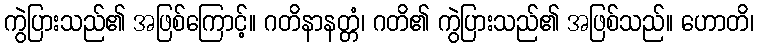
ကွဲပြားသည်၏ အဖြစ်ကြောင့်။ ဂတိနာနတ္တံ၊ ဂတိ၏ ကွဲပြားသည်၏ အဖြစ်သည်။ ဟောတိ၊